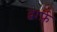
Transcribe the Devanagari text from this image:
द्वार्फ़